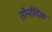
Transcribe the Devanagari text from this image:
तोर्नादिक